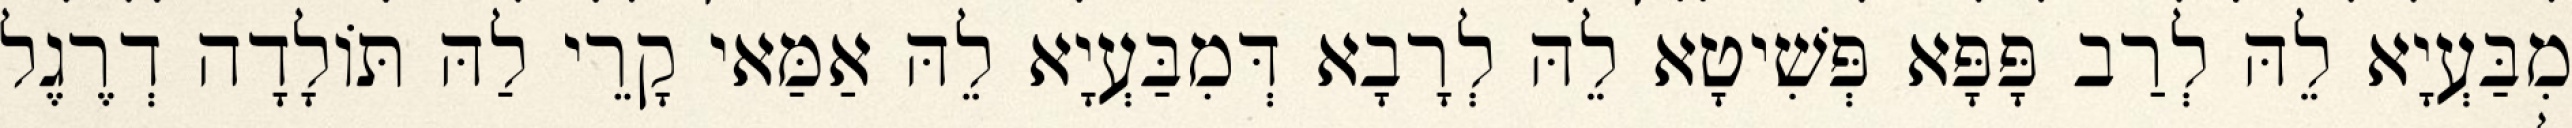
מִבַּעְיָא לֵהּ לְרַב פָּפָּא פְּשִׁיטָא לֵהּ לְרָבָא דְּמִבַּעְיָא לֵהּ אַמַּאי קָרֵי לַהּ תּוֹלָדָה דְרֶגֶל